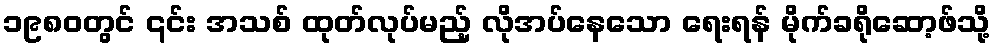
၁၉၈၀တွင် ၎င်း အသစ် ထုတ်လုပ်မည့် လိုအပ်နေသော ရေးရန် မိုက်ခရိုဆော့ဖ်သို့